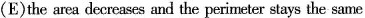
(E)the area decreases and the perimeter stays the same